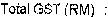
TOTAL GST (RM) :